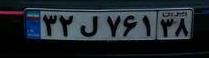
۳۲ل۷۶۱۳۸